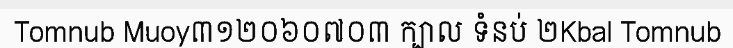
Tomnub Muoy៣១២០៦០៧០៣ ក្បាល ទំនប់ ២Kbal Tomnub